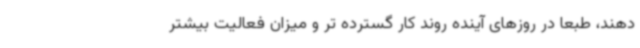
دهند، طبعا در روزهای آینده روند کار گسترده ‌تر و میزان فعالیت بیشتر